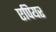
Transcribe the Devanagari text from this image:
एपियर